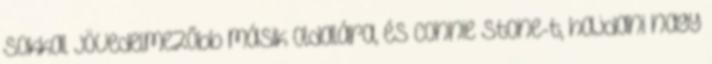
sokkal jövedelmezőbb másik oldalára, és Connie Stone-t, hajdani nagy